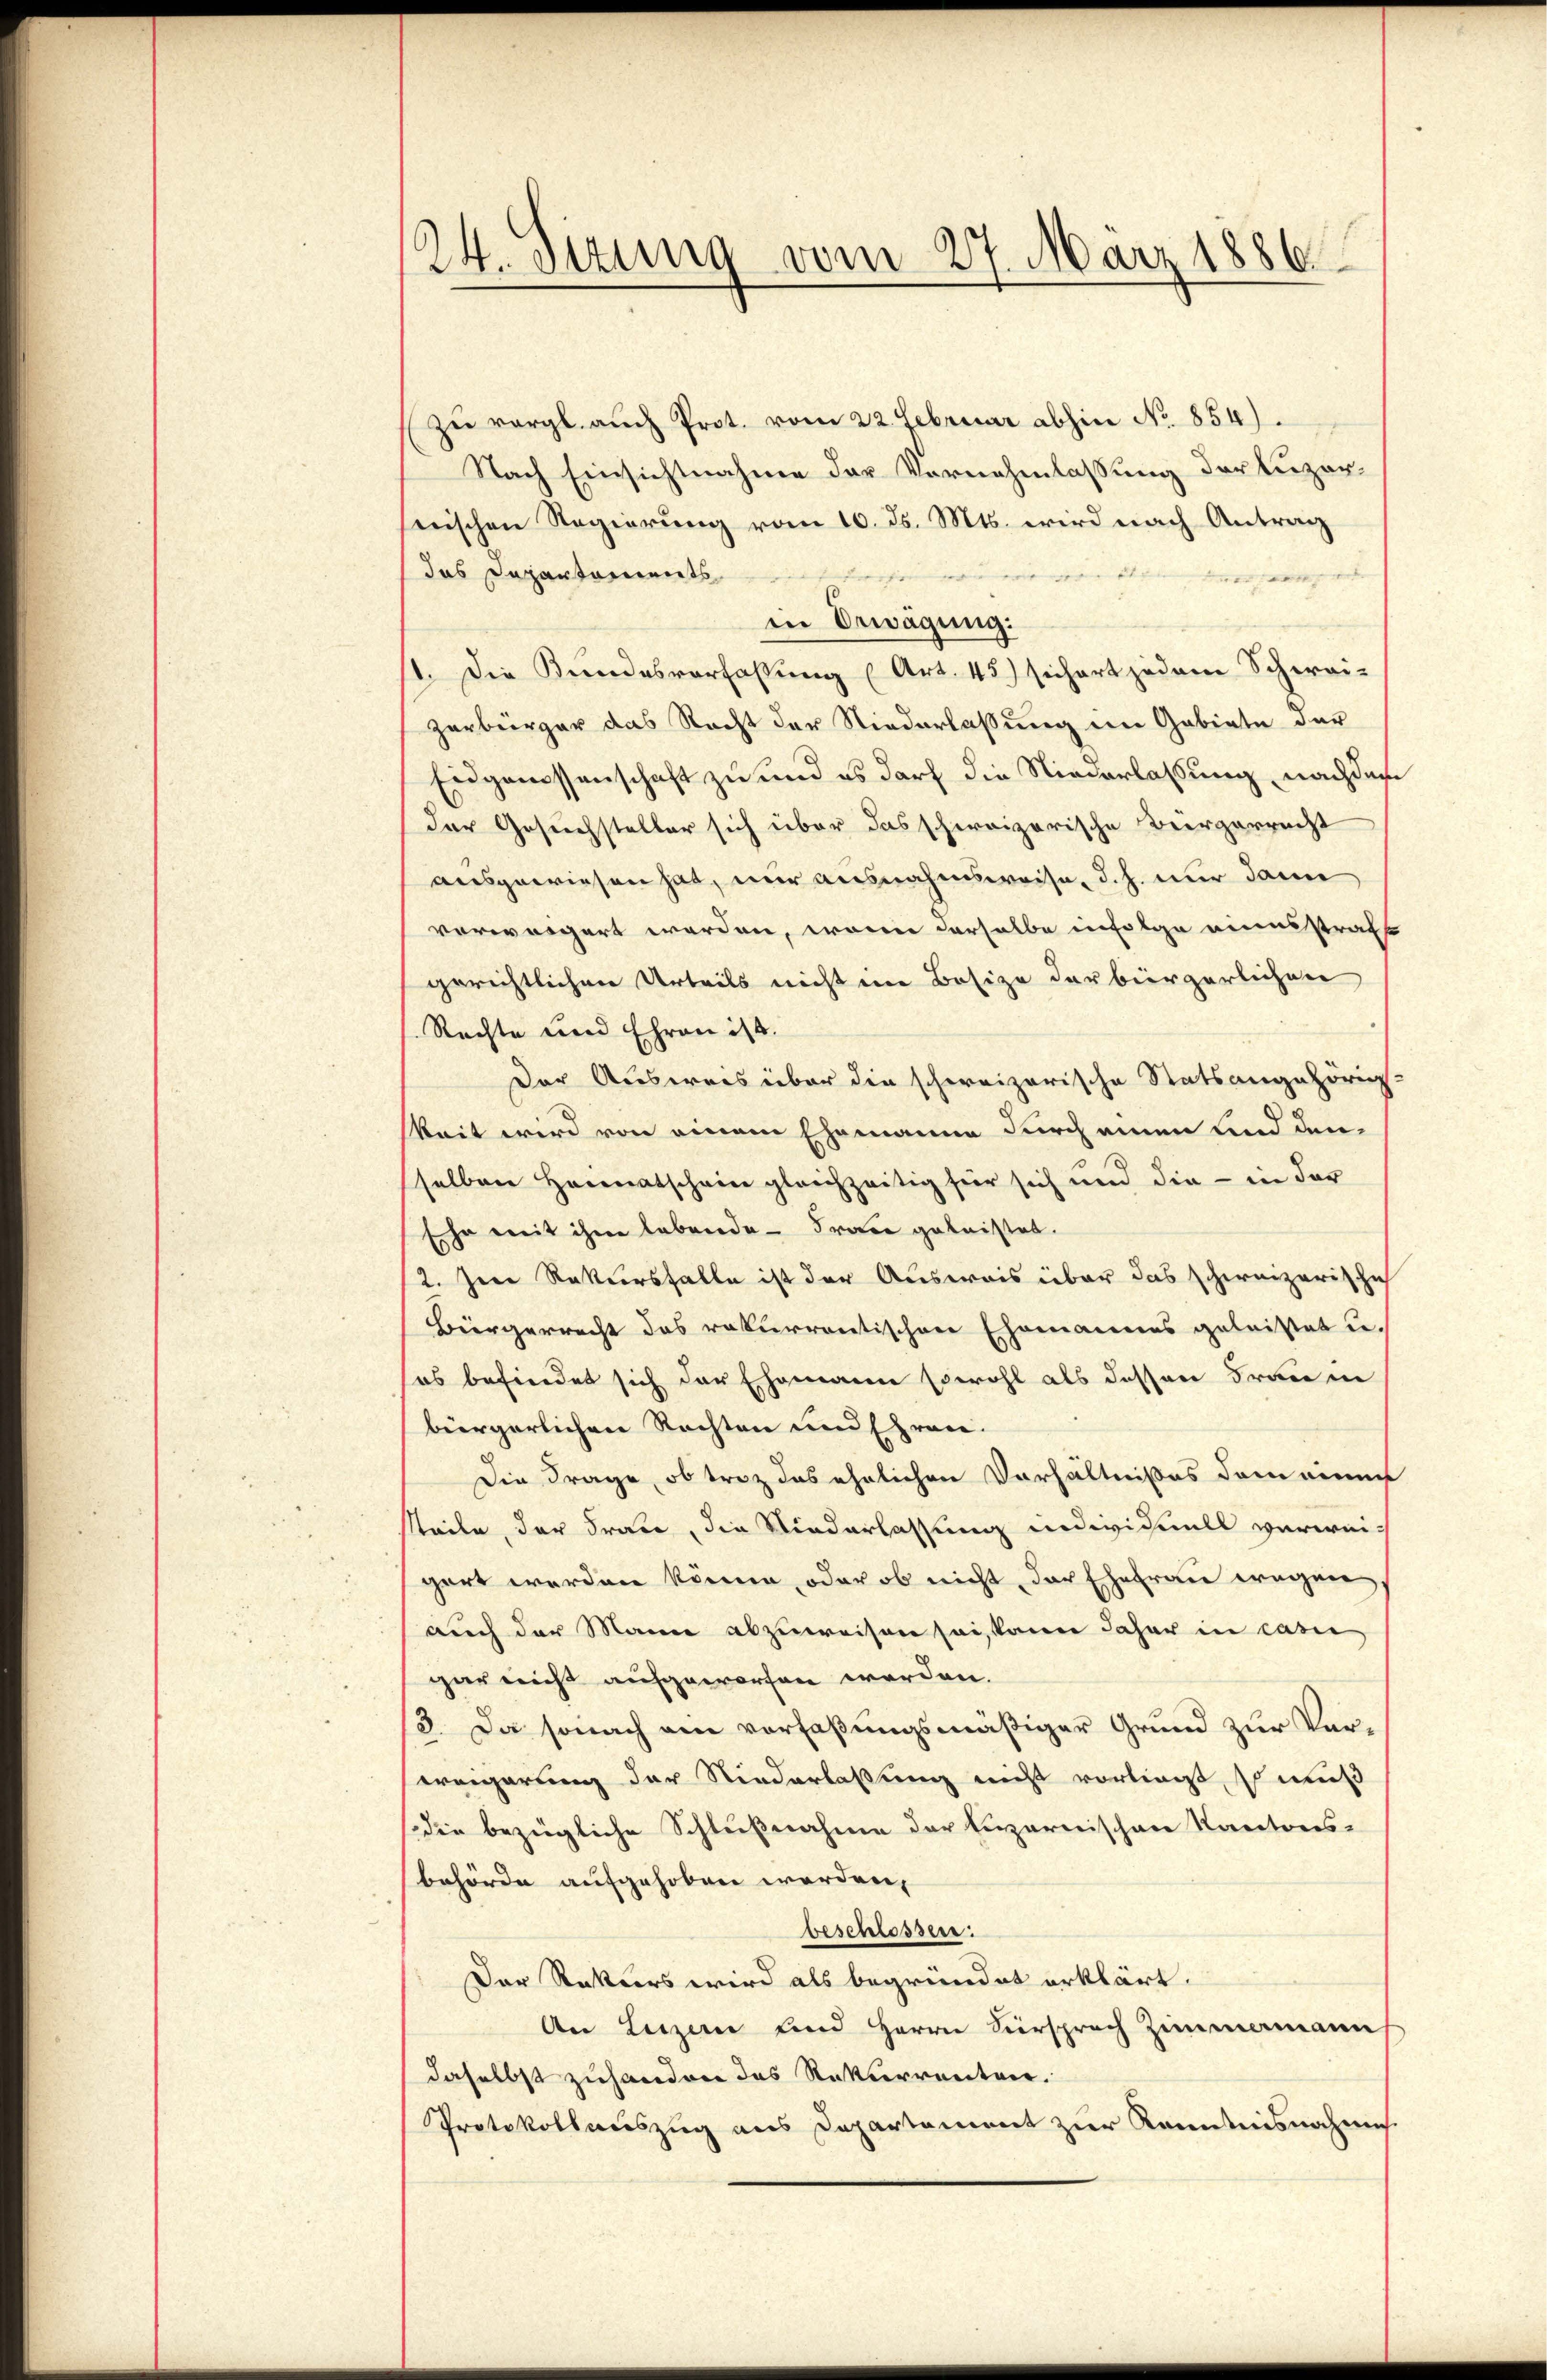
24. Setzung vom 27. März 1886

zu vergl. auch Prot. vom 22. Februar abhin No 854).
Nach Einsichtnahme der Vornahmlassung der Luzernischen Regierŭng vom 10. ds. Mts. wird nach Antrag
das Departaments
tnen des
in Erwägung:
1. Die Bundesverfassung (Art. 45) sichert jedem Schwei-
zerbürger das Recht der Niederlaßung im Gebiete der
Eidgenossenschaft zu und es darf die Niederlassung, nachdem
der Gesuchsteller sich über das schweizerische Bürgerrecht
ausgewiesen hat, nur ausnahmsweise, d. h. nur dann
vorwärgert werden, worin derselbe infolge einesstraftt
gerichtlichen Urteils nicht im Besize der bürgerlichen
Rechte und Ehren ist.
Der Ausweis über die schweizerische Statsangehörig-
keit wird von einem Ehemanne durch einen und den
selben Heimatschein gleichzeitig für sich und die - in der
sehr mit ihm lebende Frage geleistet.
2. Jene Rekursfalle ist der Ausweis über das schweizerischich
Bürgerrecht das rekurrentischen Ehemannes geleistet u.
sos befindet sich der Ehemanne sowohl als dessen Frau in
bürgerlichen Rechten und Ehren.
Die Frage, ob triz das ehelichen Verhältnißes dem einen
steile, der Frau, die Niederlassung individuell verwei-
gart werden könne, oder ob nicht der Ehefrau wegen
auch der Mann abzuweisen sei, kann daher in casie
gar nicht aufgeworfen worden.
3. Da sonach am verfaßungsmäßiger Grund zur Verweigerung der Niederlassung nicht vorliegt, so muß
die bezügliche Schlußnahme der Lizarreischen Kantons-
behörde aufgehoben werden,
beschlossen:
Der Ratters wird als begründet erklärt.
An Luzern und Herrn Viersprach Zimmamann
daselbst zuhanden das Rekurrenter.
Protokollauszug aus Departement zur Kenntnisnahme